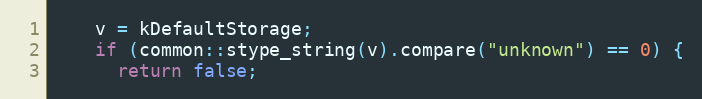
Language: C++
    v = kDefaultStorage;
    if (common::stype_string(v).compare("unknown") == 0) {
      return false;